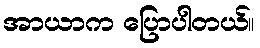
အာယာက ပြောပါတယ်။